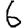
Digit: 6